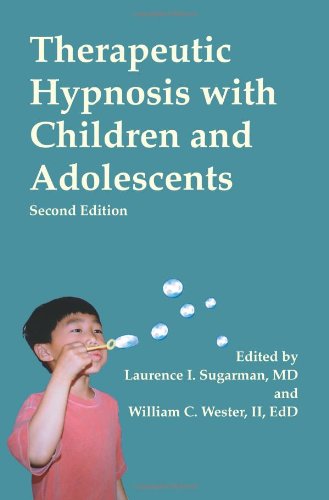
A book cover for Therapeutic Hypnosis with Children and Adolescents, Second Edition; Laurence Sugarman; Health, Fitness & Dieting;